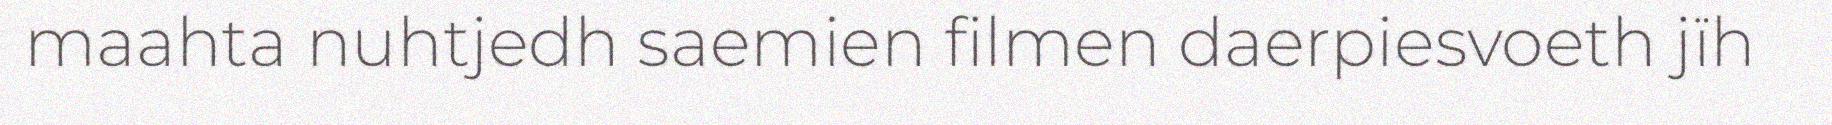
maahta nuhtjedh saemien filmen daerpiesvoeth jïh